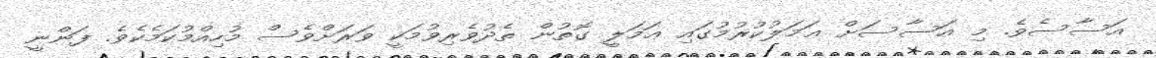
އަސާސެވެ. މި އަސާސަށް ޢަމަލުކުރުމުގައި ޢަމަލީ ގޮތުން ތެދުވެރިވުމަކީ ވަރަށްވެސް މުހިއްމުކަމެކެވެ. ފަންނީ